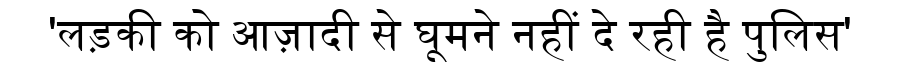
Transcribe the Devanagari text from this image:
'लड़की को आज़ादी से घूमने नहीं दे रही है पुलिस'